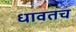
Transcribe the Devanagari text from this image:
धावतच